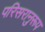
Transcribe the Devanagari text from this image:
परिसरानुरूप